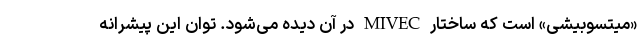
«میتسوبیشی» است که ساختار MIVEC در آن دیده می‌شود. توان این پیشرانه